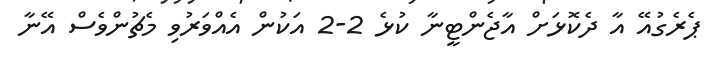
ޕެރެގުއޭ އާ ދެކޮޅަށް އާޖެންޓީނާ ކުޅެ 2-2 އަކުން އެއްވަރުވި މެޗުންވެސް އޭނާ